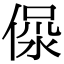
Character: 𣶚